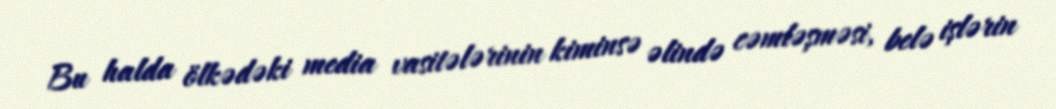
Bu halda ölkədəki media vasitələrinin kiminsə əlində cəmləşməsi, belə işlərin